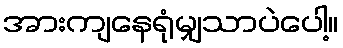
အားကျနေရုံမျှသာပဲပေါ့။